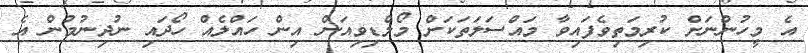
އެ މީހުންނަށް ކުރިމަތިވެފައިވާ މައްސަލަތަކަށް މޯލްޑިވިއަން އިން ހައްލެއް ހޯދައި ނުދިނުމުން އެ